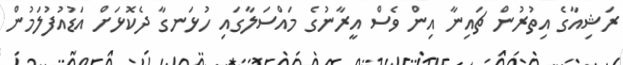
ރަޝިއާގެ އިތުރުން ޗައިނާ އިން ވެސް އީރާނުގެ މައްސަލާގައި ހުޅަނގާ ދެކޮޅަށް އަޑުއުފުލަމުން